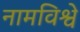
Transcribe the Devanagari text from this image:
नामविश्वे